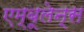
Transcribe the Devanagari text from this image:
एम्‍बूलेन्‍स